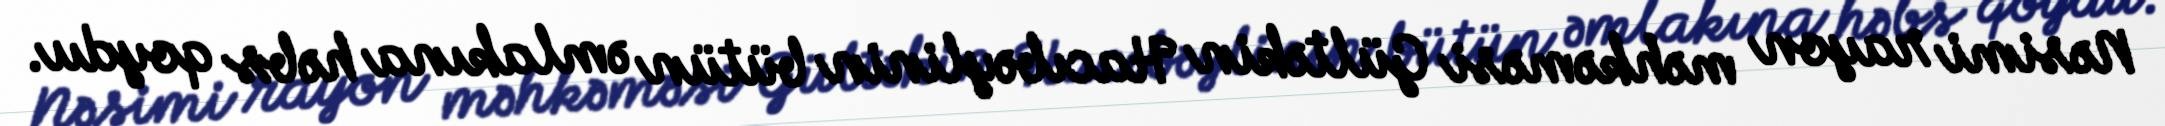
Nəsimi rayon məhkəməsi Gültəkin Hacıbəylinin bütün əmlakına həbs qoydu.